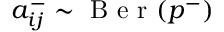
a _ { i j } ^ { - } \sim \mathrm { ~ B ~ e ~ r ~ } ( p ^ { - } )